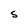
Character: S